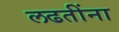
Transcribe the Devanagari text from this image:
लढतींना